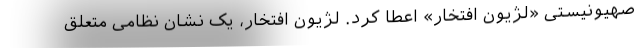
صهیونیستی «لژیون افتخار» اعطا کرد. لژیون افتخار، یک نشان نظامی متعلق